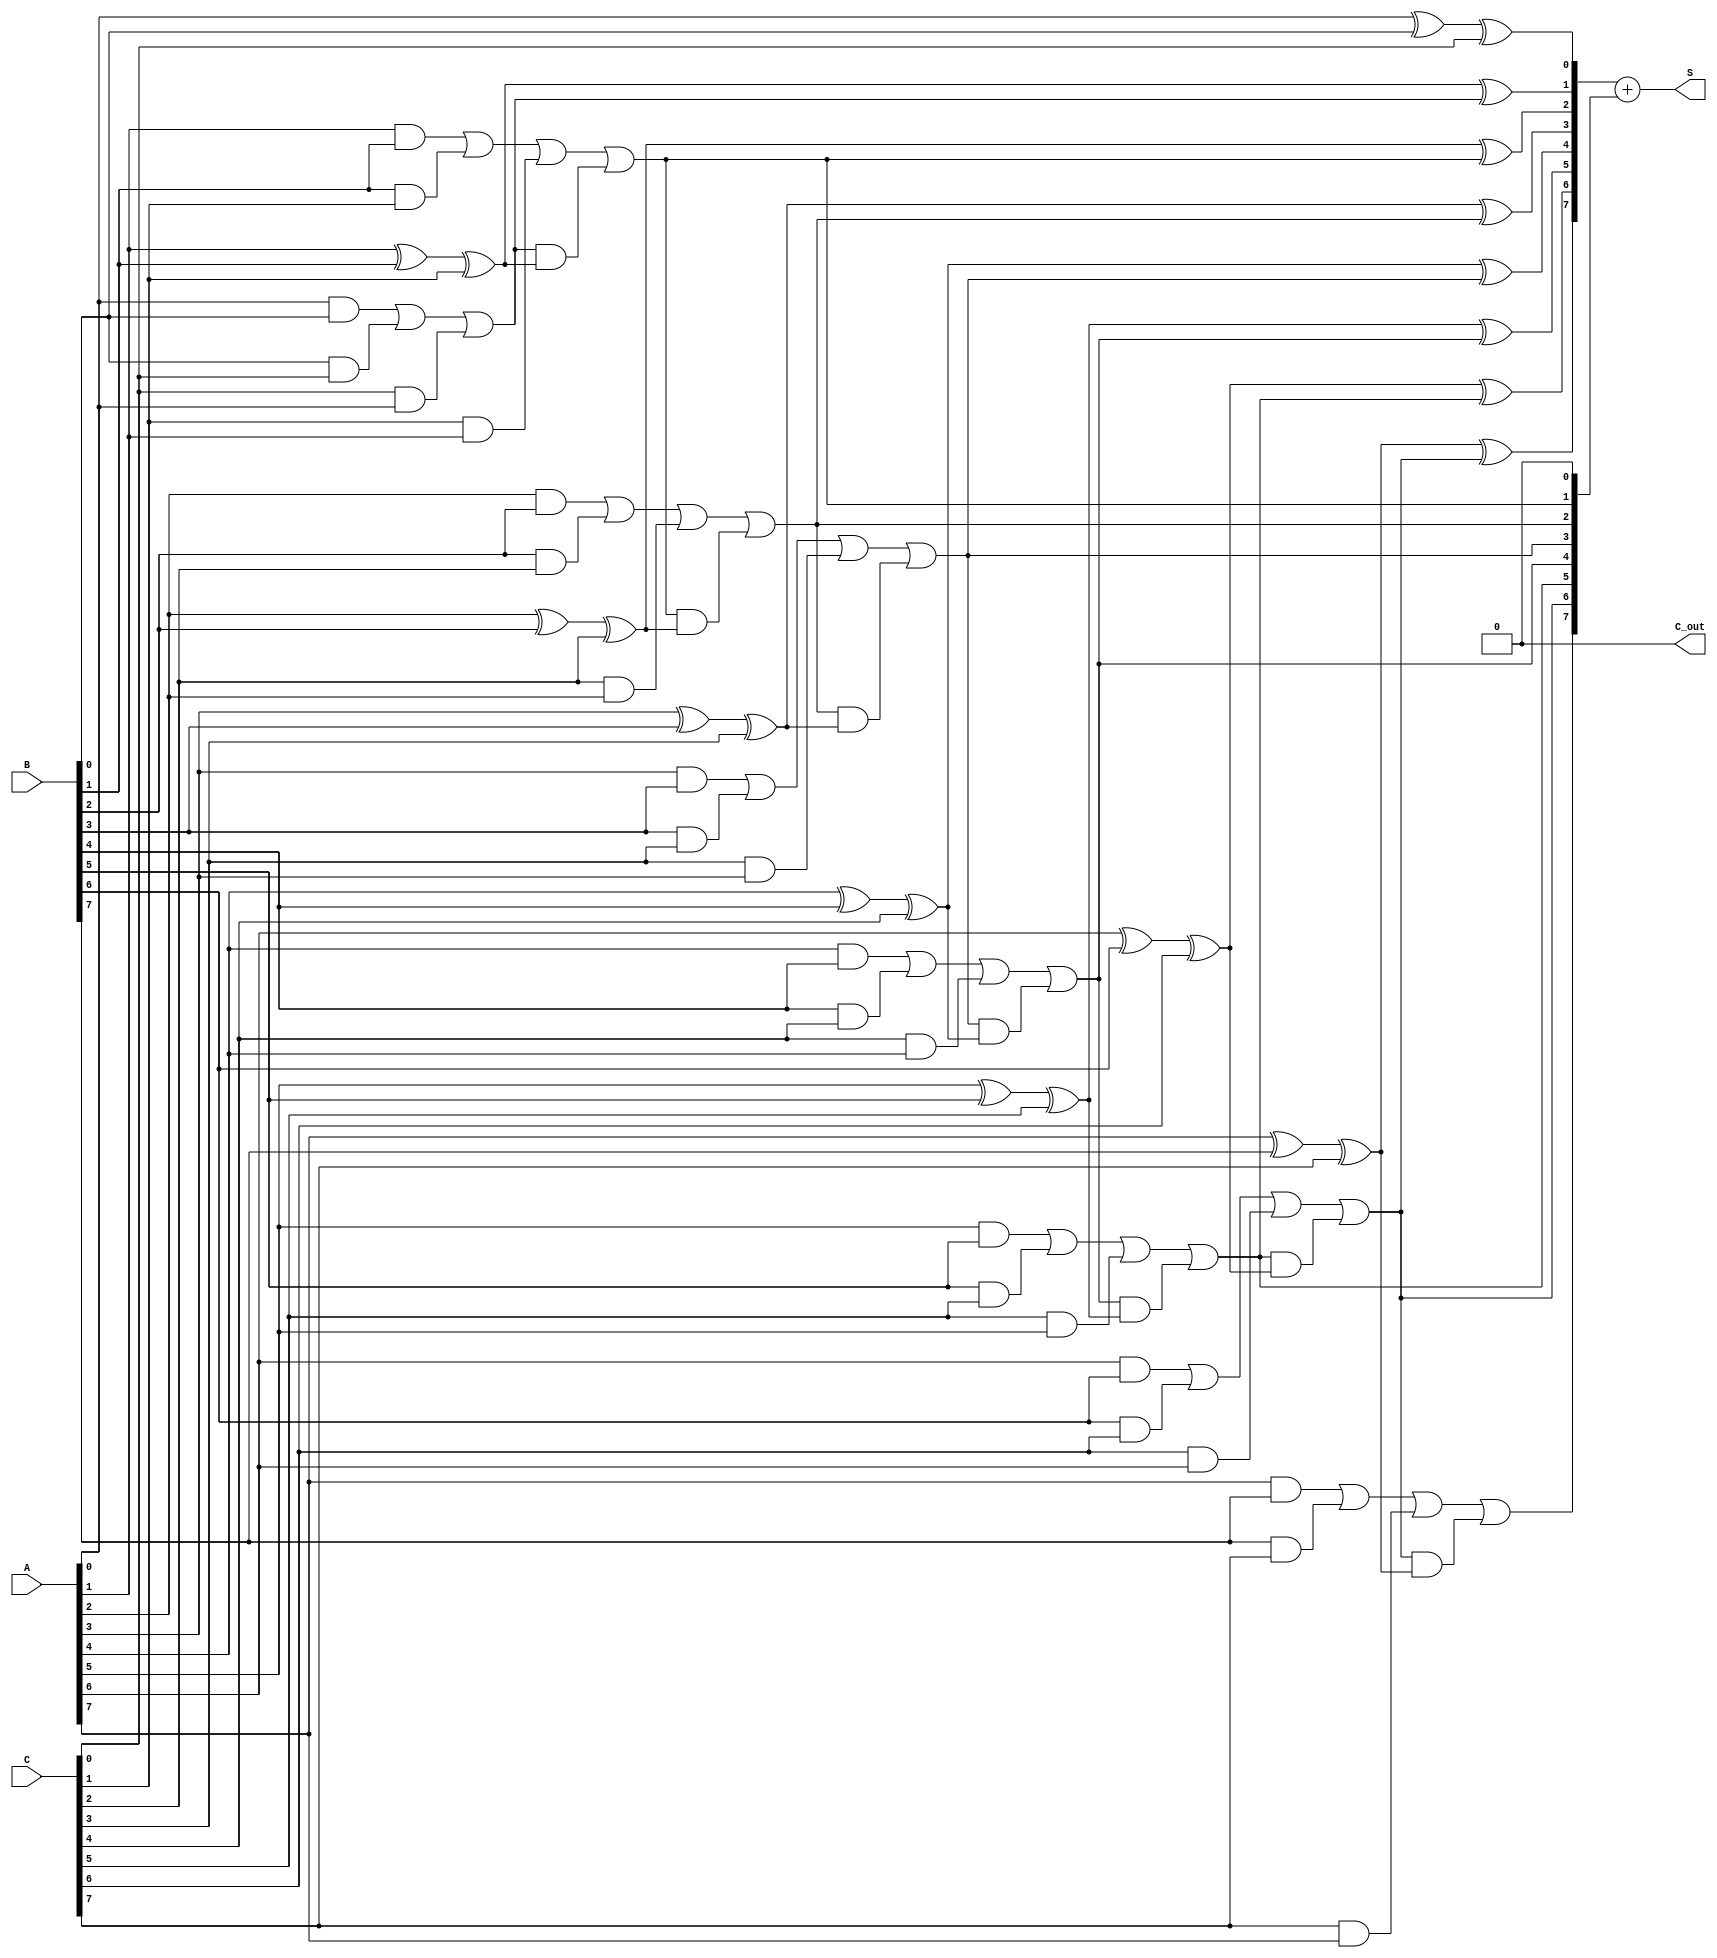
module carry_save_adder (
    input [N-1:0] A, // First input number
    input [N-1:0] B, // Second input number
    input [N-1:0] C, // Third input number
    output [N-1:0] S, // Sum output
    output C_out // Carry output
);
    parameter N = 8; // Width of the input numbers

    wire [N-1:0] sum; // Intermediate sum outputs
    wire [N-1:0] carry; // Intermediate carry outputs

    // Full adder logic for each bit
    genvar i;
    generate
        for (i = 0; i < N; i = i + 1) begin : full_adder
            if (i == 0) begin
                // For the least significant bit, no carry-in
                assign sum[i] = A[i] ^ B[i] ^ C[i];
                assign carry[i] = (A[i] & B[i]) | (B[i] & C[i]) | (C[i] & A[i]);
            end else begin
                // For other bits, include carry from previous stage
                assign sum[i] = A[i] ^ B[i] ^ C[i] ^ carry[i-1];
                assign carry[i] = (A[i] & B[i]) | (B[i] & C[i]) | (C[i] & A[i]) | (carry[i-1] & (A[i] ^ B[i] ^ C[i]));
            end
        end
    endgenerate

    // Final addition stage to resolve carries
    wire [N-1:0] final_sum;
    wire [N:0] final_carry; // Extra bit for carry out

    assign final_sum = sum + {carry[N-1:1], 1'b0}; // Shift carry left and add to sum
    assign final_carry = carry[0] + (carry[N-1] & sum[N-1]);

    assign S = final_sum[N-1:0]; // Final sum output
    assign C_out = final_carry[N]; // Final carry output

endmodule